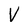
Character: V